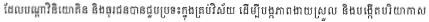
ដែលបណ្តាវិនិយោគិន និងធុរជនបានជួបប្រទះក្នុងគ្រប់វិស័យ ដើម្បីបង្កភាពងាយស្រួល និងបង្កើតបរិយាកាស